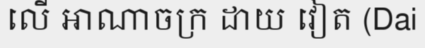
លើ អាណាចក្រ ដាយ វៀត (Dai